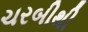
ચરબીથી